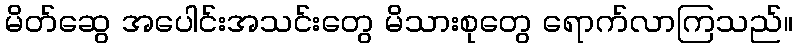
မိတ်ဆွေ အပေါင်းအသင်းတွေ မိသားစုတွေ ရောက်လာကြသည်။